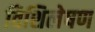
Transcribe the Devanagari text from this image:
विशिलेषण